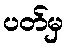
ပတ်မှ